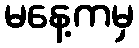
မနေ့ကမှ